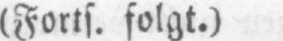
(Forts. folgt.)